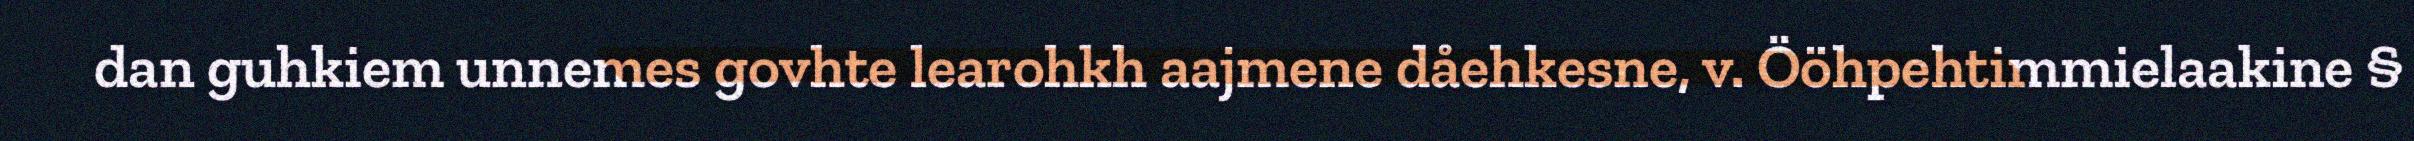
dan guhkiem unnemes govhte learohkh aajmene dåehkesne, v. Ööhpehtimmielaakine §